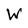
Character: W